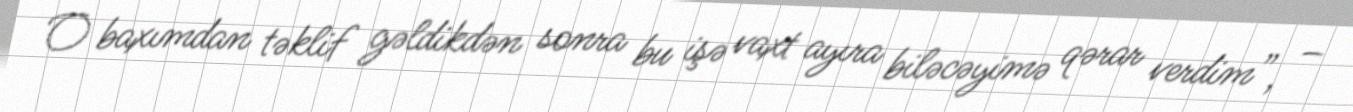
O baxımdan təklif gəldikdən sonra bu işə vaxt ayıra biləcəyimə qərar verdim”, –